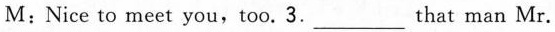
M : Nice to meet you, too. 3. ___ that man Mr.